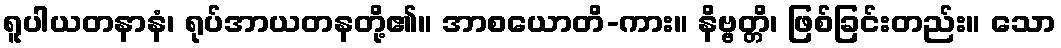
ရူပါယတနာနံ၊ ရုပ်အာယတနတို့၏။ အာစယောတိ-ကား။ နိဗ္ဗတ္တိ၊ ဖြစ်ခြင်းတည်း။ သော